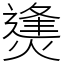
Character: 㷭